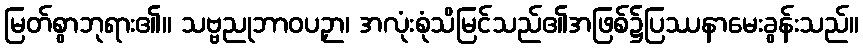
မြတ်စွာဘုရား၏။ သဗ္ဗညုဘာဝပဉှာ၊ အလုံးစုံသိမြင်သည်၏အဖြစ်၌ပြဿနာမေးခွန်းသည်။